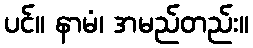
ပင်။ နာမံ၊ အမည်တည်း။